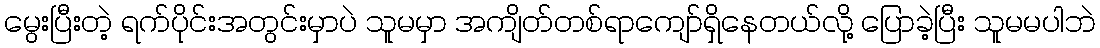
မွေးပြီးတဲ့ ရက်ပိုင်းအတွင်းမှာပဲ သူမမှာ အကျိတ်တစ်ရာကျော်ရှိနေတယ်လို့ ပြောခဲ့ပြီး သူမမပါဘဲ